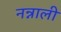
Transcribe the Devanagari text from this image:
नन्नाली